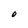
Character: O